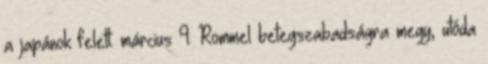
a japánok felett. március 9. Rommel betegszabadságra megy, utóda